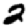
Digit: 2